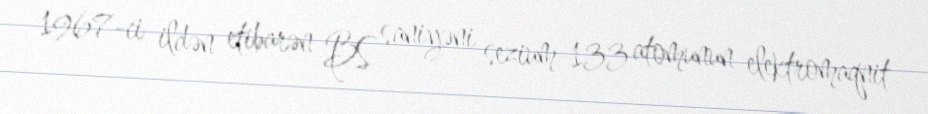
1967-ci ildən etibarən BS saniyəni sezium-133 atomunun elektromaqnit